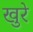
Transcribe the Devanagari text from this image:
खुरे